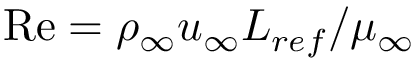
\mathrm { R e } = \rho _ { \infty } u _ { \infty } L _ { r e f } / \mu _ { \infty }